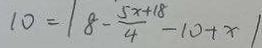
1 0 = \vert 8 - \frac { 5 x + 1 8 } { 4 } - 1 0 + x \vert